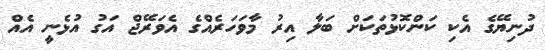
ދުނިޔޭގެ އެކި ކަންކޮޅުތަކަށް ބަލާ އިރު މާވަހަރެއްގެ އެވަރޭޖް އަގު އުޅެނީ އެއް